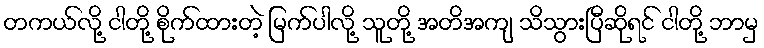
တကယ်လို့ ငါတို့ စိုက်ထားတဲ့ မြက်ပါလို့ သူတို့ အတိအကျ သိသွားပြီဆိုရင် ငါတို့ ဘာမှ